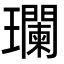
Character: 瓓